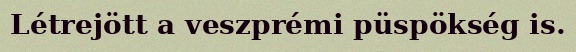
Létrejött a veszprémi püspökség is.